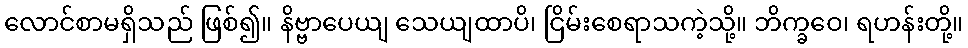
လောင်စာမရှိသည် ဖြစ်၍။ နိဗ္ဗာပေယျ သေယျထာပိ၊ ငြိမ်းစေရာသကဲ့သို့။ ဘိက္ခဝေ၊ ရဟန်းတို့။